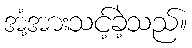
အံ့အားသင့်ခဲ့သည်။